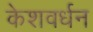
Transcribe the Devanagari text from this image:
केशवर्धन